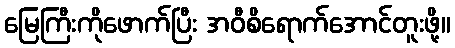
မြေကြီးကိုဖောက်ပြီး အဝီစိရောက်အောင်တူးဖို့။